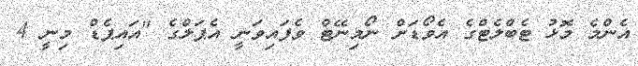
އެންމެ މޮޅު ޓެބްލެޓްގެ އެވޯޑަށް ނޯމިނޭޓް ވެފައިވަނީ އެޕަލްގެ "އައިޕެޑް މިނީ 4